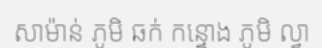
សាម៉ាន់ ភូមិ ឆក់ កន្ទោង ភូមិ ល្វា